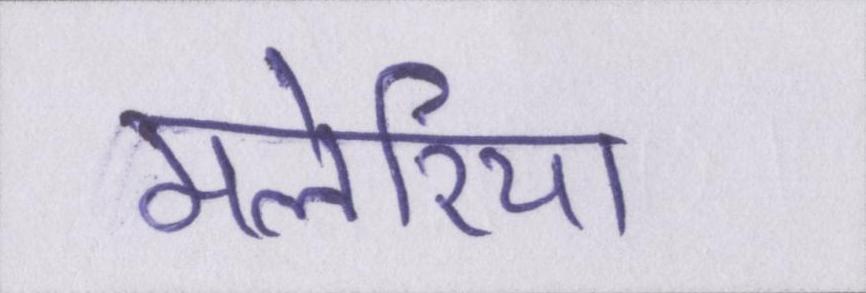
मलेरिया